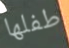
طفلها